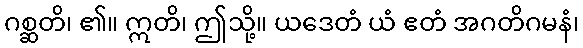
ဂစ္ဆတိ၊ ၏။ ဣတိ၊ ဤသို့။ ယဒေတံ ယံ ဧတံ အဂတိဂမနံ၊